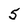
Character: 5